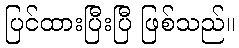
ပြင်ထားပြီးပြီ ဖြစ်သည်။